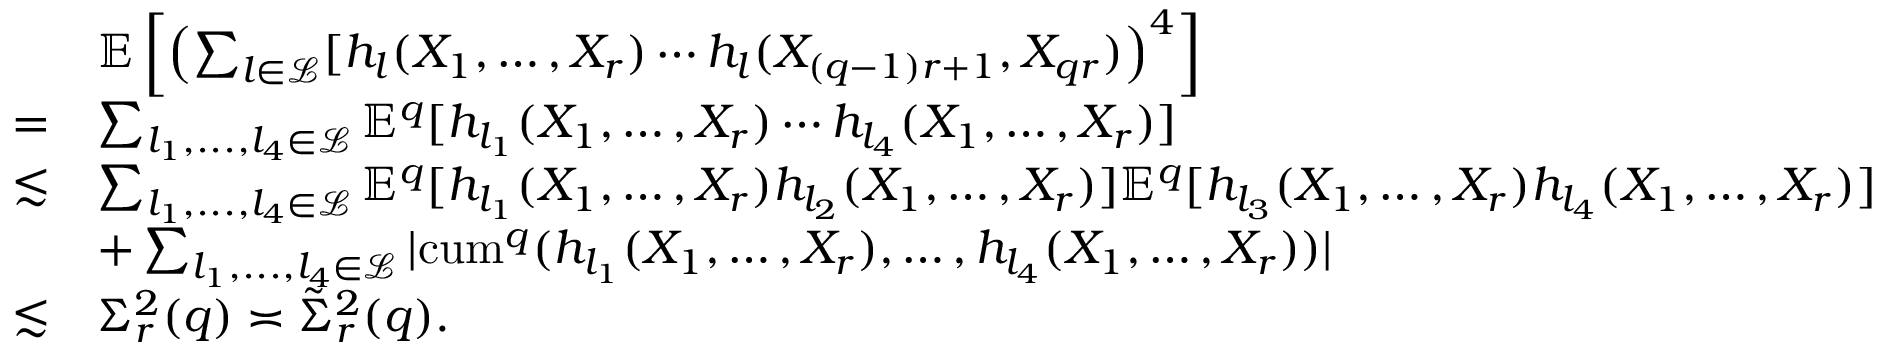
\begin{array} { r l } & { \mathbb { E } \left[ \left( \sum _ { l \in \mathcal { L } } [ h _ { l } ( X _ { 1 } , \ldots , X _ { r } ) \cdots h _ { l } ( X _ { ( q - 1 ) r + 1 } , X _ { q r } ) \right) ^ { 4 } \right] } \\ { = } & { \sum _ { l _ { 1 } , . . . , l _ { 4 } \in \mathcal { L } } \mathbb { E } ^ { q } [ h _ { l _ { 1 } } ( X _ { 1 } , \ldots , X _ { r } ) \cdots h _ { l _ { 4 } } ( X _ { 1 } , \ldots , X _ { r } ) ] } \\ { \lesssim } & { \sum _ { l _ { 1 } , . . . , l _ { 4 } \in \mathcal { L } } \mathbb { E } ^ { q } [ h _ { l _ { 1 } } ( X _ { 1 } , \ldots , X _ { r } ) h _ { l _ { 2 } } ( X _ { 1 } , \ldots , X _ { r } ) ] \mathbb { E } ^ { q } [ h _ { l _ { 3 } } ( X _ { 1 } , \ldots , X _ { r } ) h _ { l _ { 4 } } ( X _ { 1 } , \ldots , X _ { r } ) ] } \\ & { + \sum _ { l _ { 1 } , . . . , l _ { 4 } \in \mathcal { L } } | { \mathrm { c u m } } ^ { q } ( h _ { l _ { 1 } } ( X _ { 1 } , \ldots , X _ { r } ) , \ldots , h _ { l _ { 4 } } ( X _ { 1 } , \ldots , X _ { r } ) ) | } \\ { \lesssim } & { \Sigma _ { r } ^ { 2 } ( q ) \asymp \tilde { \Sigma } _ { r } ^ { 2 } ( q ) . } \end{array}